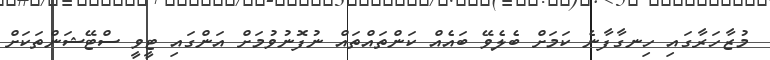
މުޒާހަރާގައި ހިނގާފާނެ ކަމަށް ބެލެވޭ ބައެއް ކަންތައްތައް ނުފޮނުވުމަށް އަންގައި ޓީވީ ސްޓޭޝަންތަކަށް